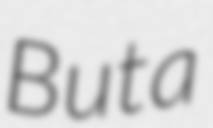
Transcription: Buta